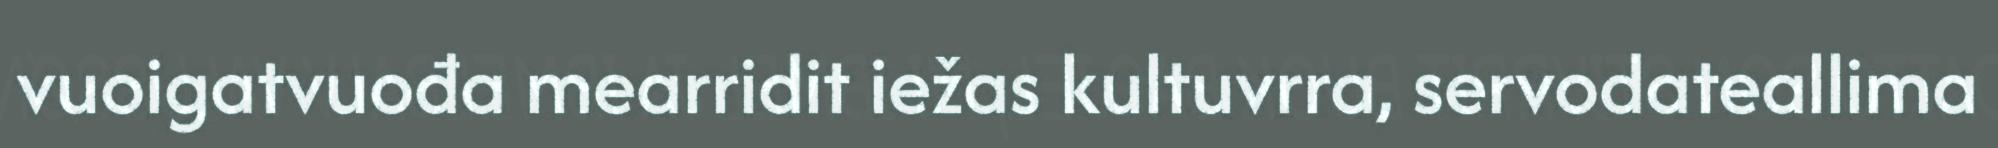
vuoigatvuođa mearridit iežas kultuvrra, servodateallima